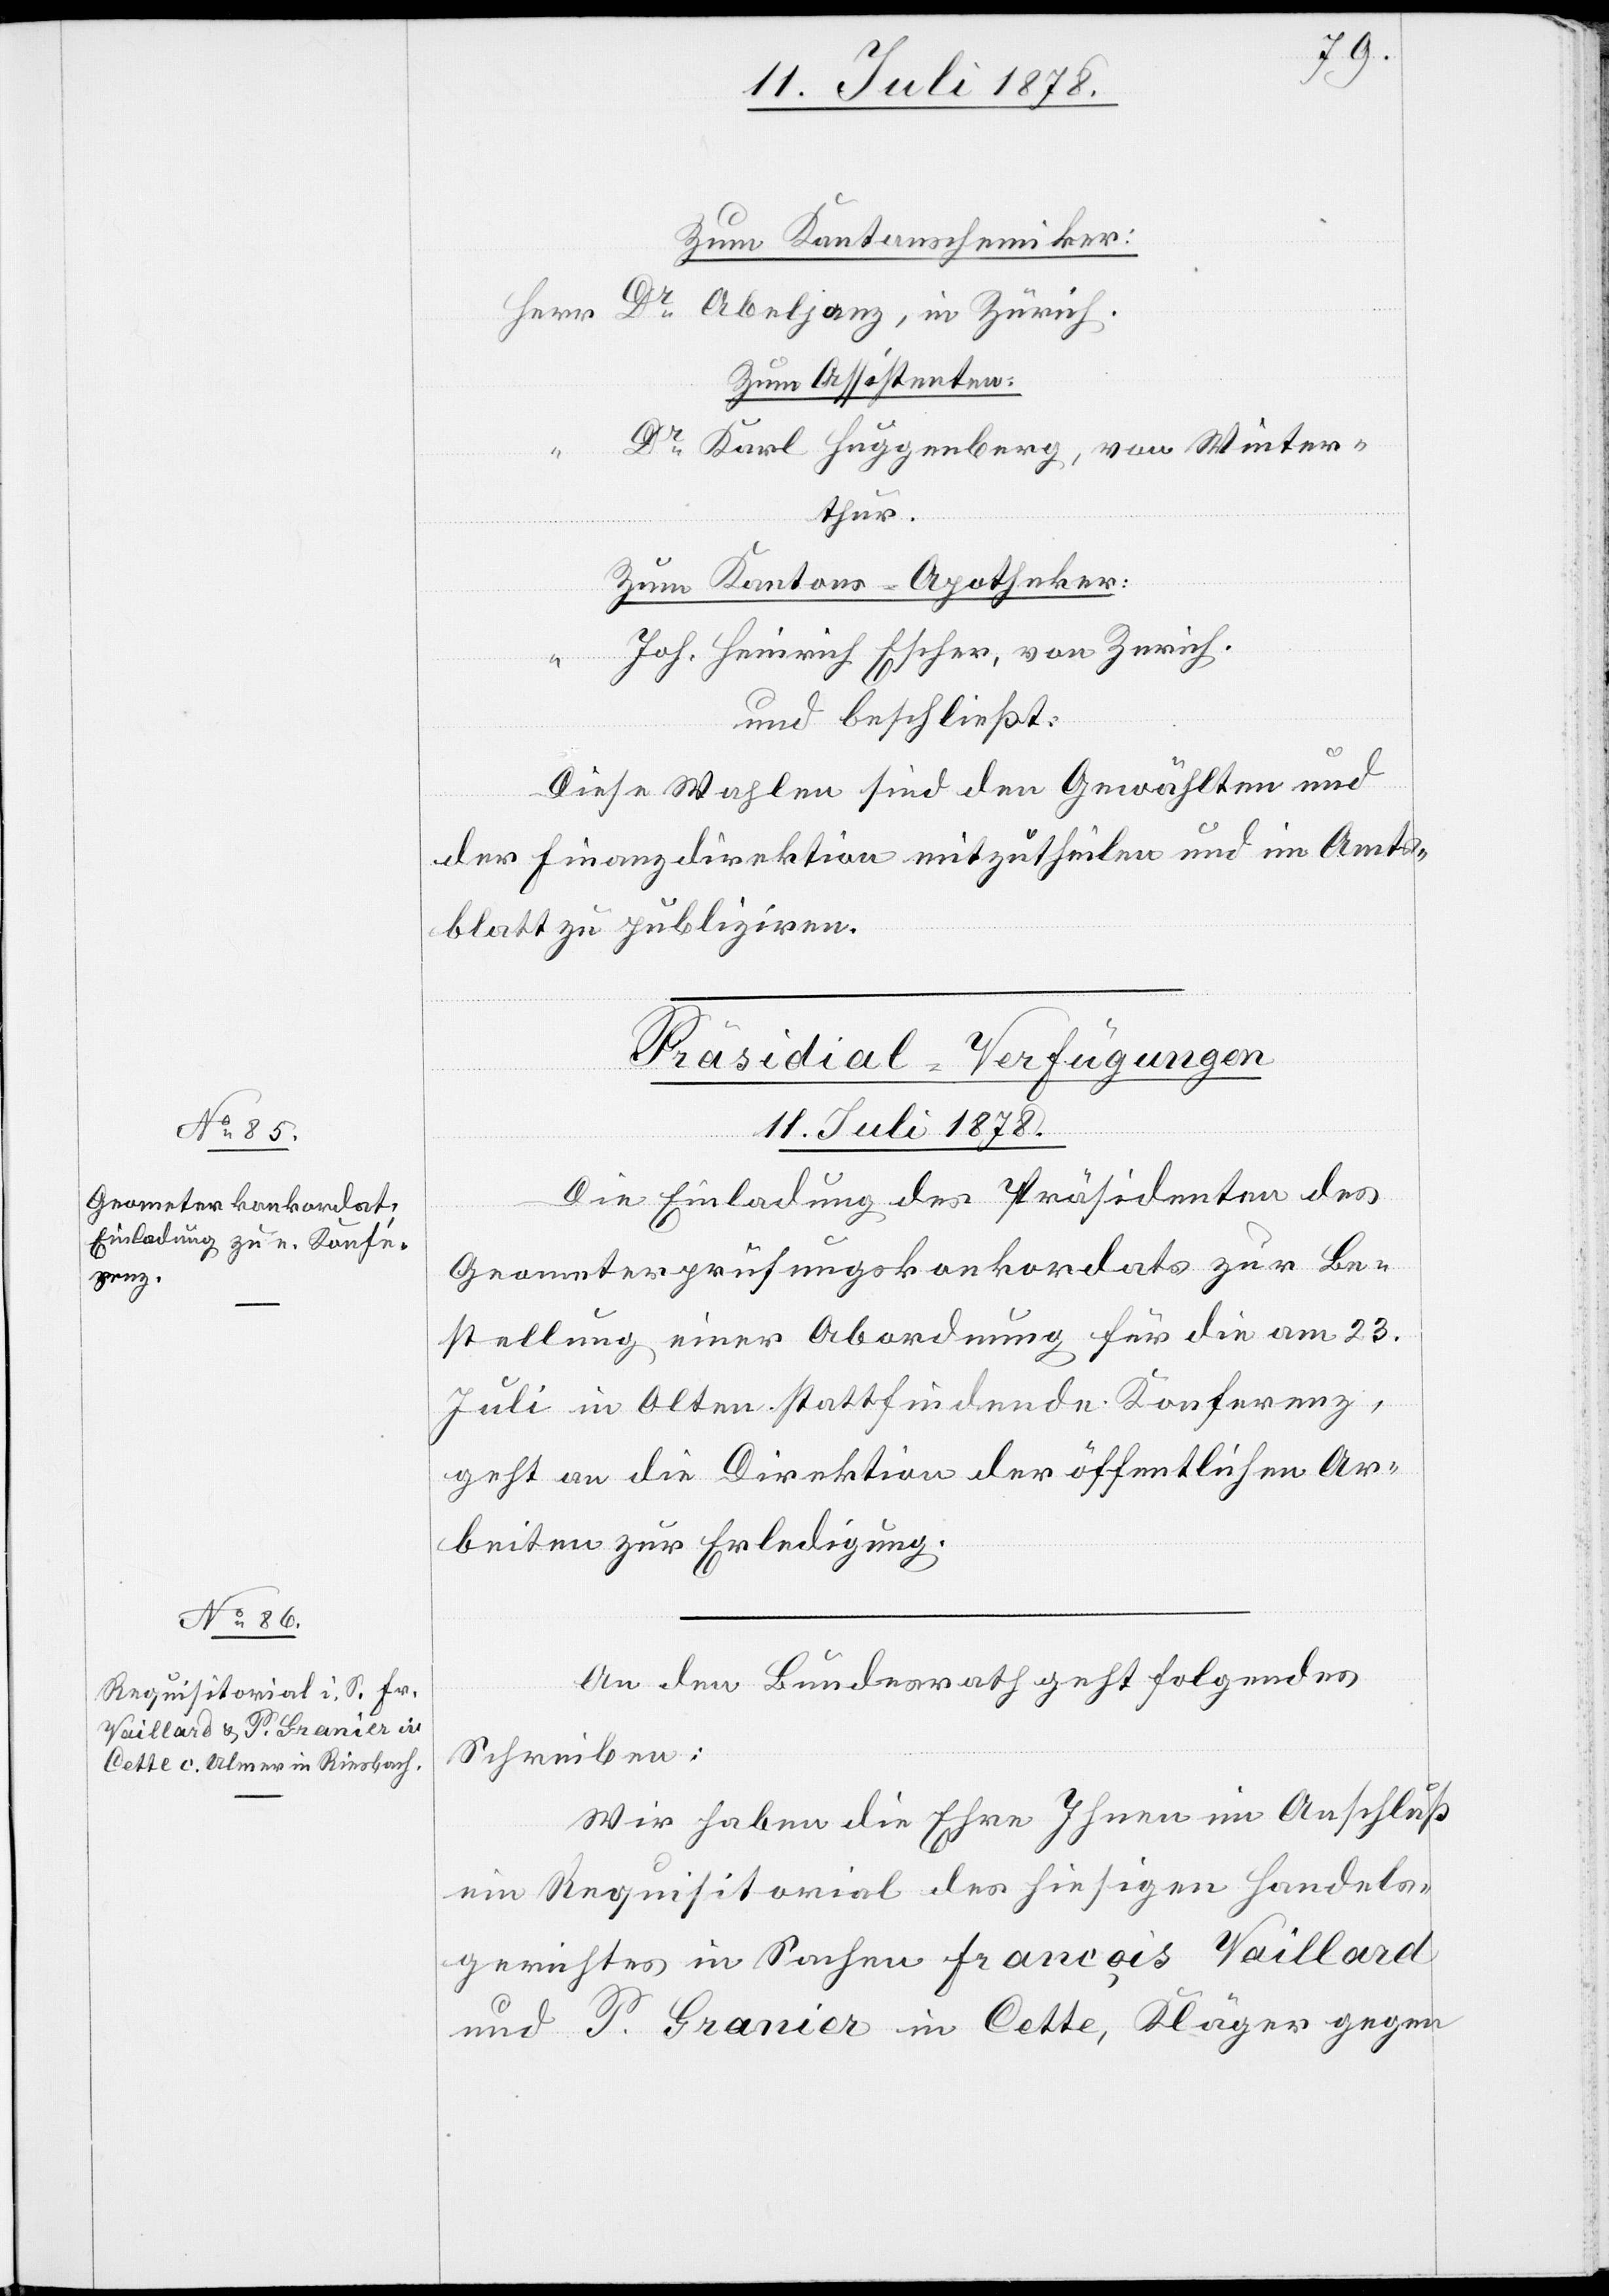
Zum Kantonschemiker:
Herr Dr Abeljanz, in Zürich.
Zum Assistenten:
Dr Karl Huggenberg, von Winter¬
thur.
Zum Kantons-Apotheker:
“ Joh. Heinrich Escher, von Zürich.
und beschließt:
Diese Wahlen sind den Gewählten und
der Finanzdirektion mitzutheilen und im Amts¬
blatt zu publiziren.
[Präsidial-Verfügungen
11. Juli 1878.]
Die Einladung des Präsidenten des
Geometerprüfungskonkordats zur Be¬
stellung einer Abordnung für die am 23.
Juli in Olten stattfindende Konferenz,
geht an die Direktion der öffentlichen Ar¬
beiten zur Erledigung.
An den Bundesrath geht folgendes
Schreiben:
Wir haben die Ehre Ihnen im Anschluß
ein Requisitorial des hiesigen Handels¬
gerichtes in Sachen François Vaillard
und T. Granier in Cette, Kläger gegen